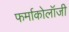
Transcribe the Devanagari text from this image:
फर्माकोलॉजी